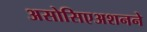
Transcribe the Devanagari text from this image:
असोसिएअशनने